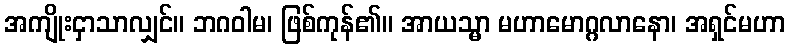
အကျိုးငှာသာလျှင်။ ဘဂဝါမ၊ ဖြစ်ကုန်၏။ အာယသ္မာ မဟာမောဂ္ဂလာနော၊ အရှင်မဟာ